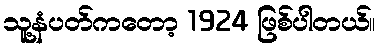
သူ့နံပတ်ကတော့ 1924 ဖြစ်ပါတယ်။